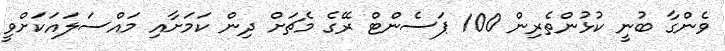
ވެންގާ ބުނީ ކުޅުންތެރިން 100 ޕަސެންޓް ރޭގެ މެޗަށް ދިން ކަމަށާއި މައްސަލައަކަށްވީ